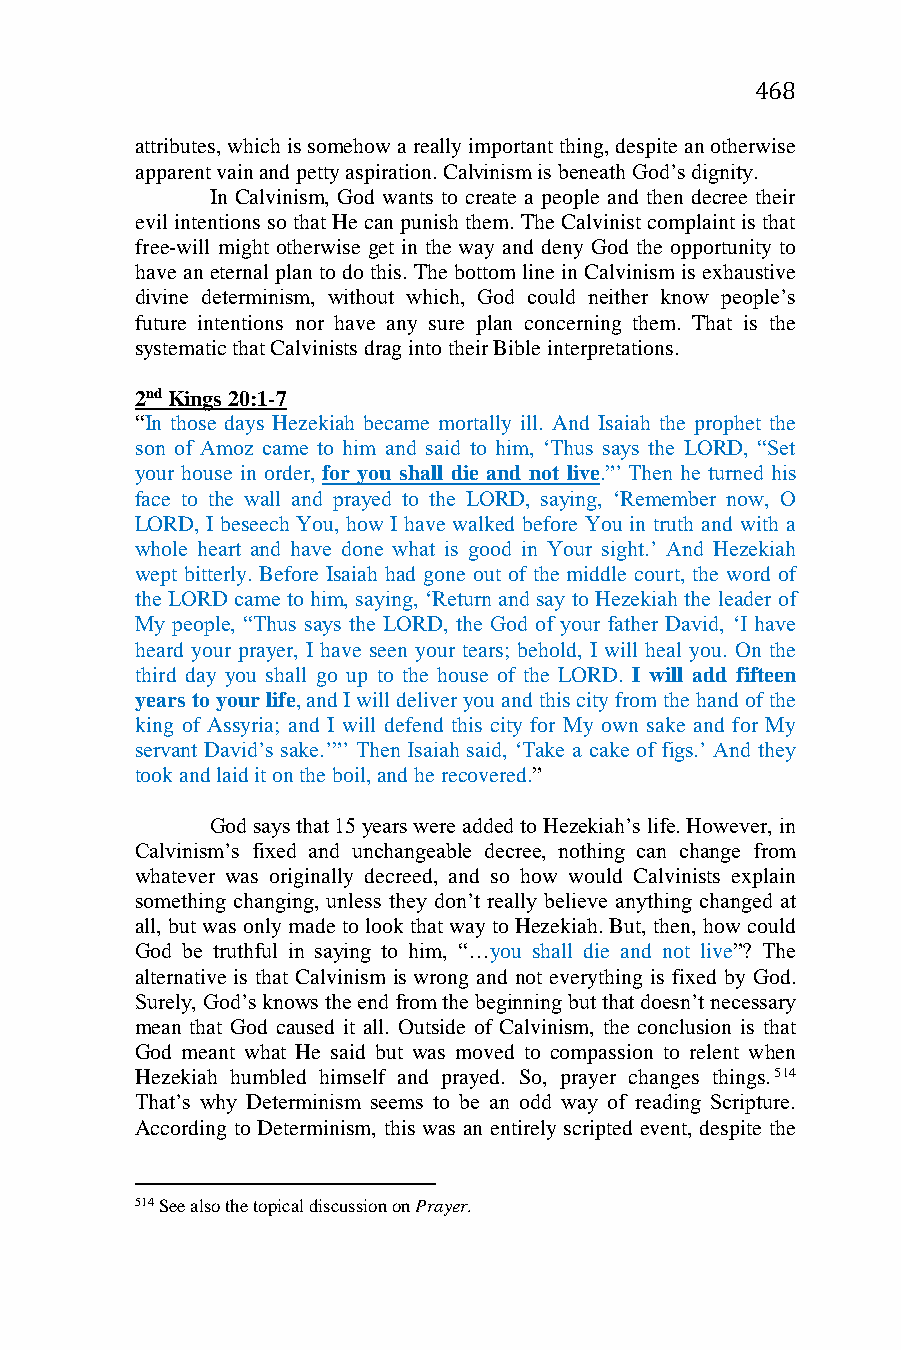
468
 attributes, which is somehow a really important thing, despite an otherwise
 apparent vain and petty aspiration. Calvinism is beneath God’s dignity.
 In Calvinism, God wants to create a people and then decree their
 evil intentions so that He can punish them. The Calvinist complaint is that
 free-will might otherwise get in the way and deny God the opportunity to
 have an eternal plan to do this. The bottom line in Calvinism is exhaustive
 divine determinism, without which, God could neither know people’s
 future intentions nor have any sure plan concerning them. That is the
 systematic that Calvinists drag into their Bible interpretations.
 2nd Kings 20:1-7
 “In those days Hezekiah became mortally ill. And Isaiah the prophet the
 son of Amoz came to him and said to him, ‘Thus says the LORD, “Set
 your house in order, for you shall die and not live.”’ Then he turned his
 face to the wall and prayed to the LORD, saying, ‘Remember now, O
 LORD, I beseech You, how I have walked before You in truth and with a
 whole heart and have done what is good in Your sight.’ And Hezekiah
 wept bitterly. Before Isaiah had gone out of the middle court, the word of
 the LORD came to him, saying, ‘Return and say to Hezekiah the leader of
 My people, “Thus says the LORD, the God of your father David, ‘I have
 heard your prayer, I have seen your tears; behold, I will heal you. On the
 third day you shall go up to the house of the LORD. I will add fifteen
 years to your life, and I will deliver you and this city from the hand of the
 king of Assyria; and I will defend this city for My own sake and for My
 servant David’s sake.’”’ Then Isaiah said, ‘Take a cake of figs.’ And they
 took and laid it on the boil, and he recovered.”
 God says that 15 years were added to Hezekiah’s life. However, in
 Calvinism’s fixed and unchangeable decree, nothing can change from
 whatever was originally decreed, and so how would Calvinists explain
 something changing, unless they don’t really believe anything changed at
 all, but was only made to look that way to Hezekiah. But, then, how could
 God be truthful in saying to him, “…you shall die and not live”? The
 alternative is that Calvinism is wrong and not everything is fixed by God.
 Surely, God’s knows the end from the beginning but that doesn’t necessary
 mean that God caused it all. Outside of Calvinism, the conclusion is that
 God meant what He said but was moved to compassion to relent when
 Hezekiah humbled himself and prayed. So, prayer changes things.514
 That’s why Determinism seems to be an odd way of reading Scripture.
 According to Determinism, this was an entirely scripted event, despite the
 514 See also the topical discussion on Prayer.